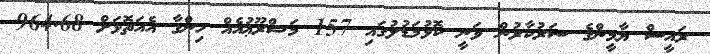
ރައީސް ޔާމީންގެ ސަރުކާރުން ވަނީ ކޮޅުމަޑުލުގައި 157 މަޝްރޫޢުއެއް ހިންގާ އެއަތޮޅަށް 964.68